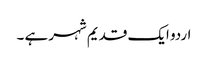
اردو ایک قدیم شہر ہے ۔